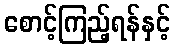
စောင့်ကြည့်ရန်နှင့်